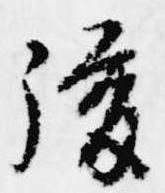
後